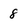
Character: 8